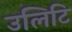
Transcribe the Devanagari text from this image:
उलिटि